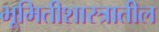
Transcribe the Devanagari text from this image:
भूमितीशास्त्रातील